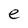
Character: e